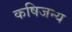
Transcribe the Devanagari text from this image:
कषिजन्य